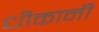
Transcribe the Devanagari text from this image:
धीकानी